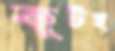
কূটস্থ